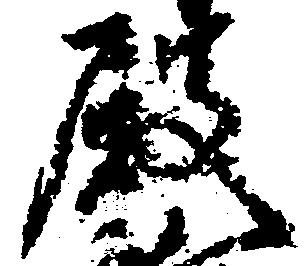
殿